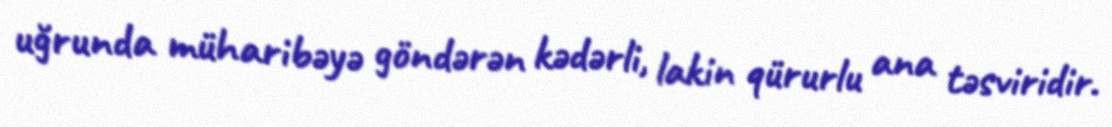
uğrunda müharibəyə göndərən kədərli, lakin qürurlu ana təsviridir.